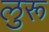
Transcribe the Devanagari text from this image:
लुरू